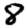
Digit: 8